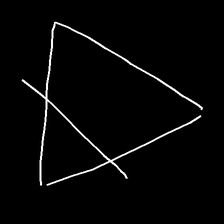
Glyph: empower